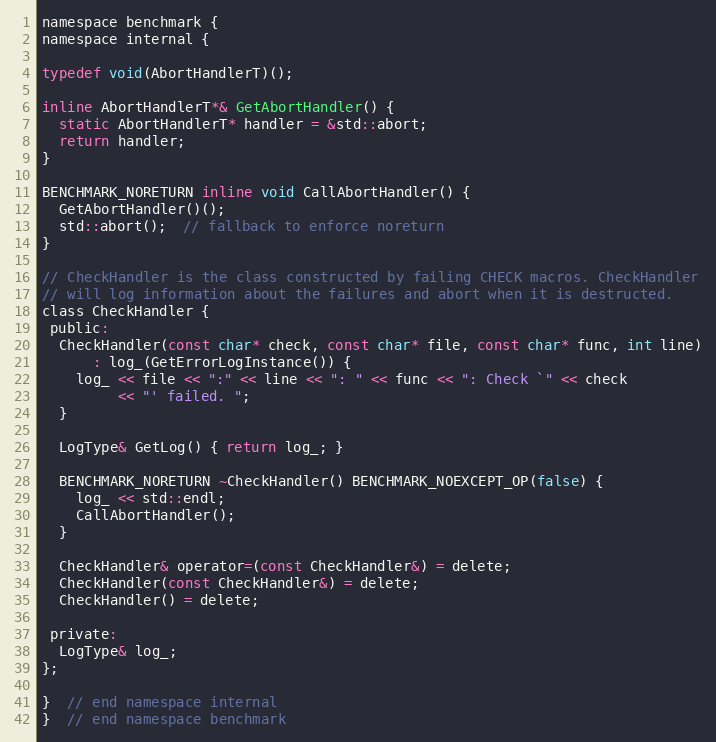
Language: C
namespace benchmark {
namespace internal {

typedef void(AbortHandlerT)();

inline AbortHandlerT*& GetAbortHandler() {
  static AbortHandlerT* handler = &std::abort;
  return handler;
}

BENCHMARK_NORETURN inline void CallAbortHandler() {
  GetAbortHandler()();
  std::abort();  // fallback to enforce noreturn
}

// CheckHandler is the class constructed by failing CHECK macros. CheckHandler
// will log information about the failures and abort when it is destructed.
class CheckHandler {
 public:
  CheckHandler(const char* check, const char* file, const char* func, int line)
      : log_(GetErrorLogInstance()) {
    log_ << file << ":" << line << ": " << func << ": Check `" << check
         << "' failed. ";
  }

  LogType& GetLog() { return log_; }

  BENCHMARK_NORETURN ~CheckHandler() BENCHMARK_NOEXCEPT_OP(false) {
    log_ << std::endl;
    CallAbortHandler();
  }

  CheckHandler& operator=(const CheckHandler&) = delete;
  CheckHandler(const CheckHandler&) = delete;
  CheckHandler() = delete;

 private:
  LogType& log_;
};

}  // end namespace internal
}  // end namespace benchmark